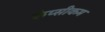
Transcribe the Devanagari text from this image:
केप्सीकम